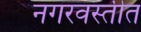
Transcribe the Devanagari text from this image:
नगरवस्तीत